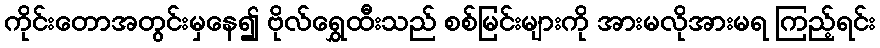
ကိုင်းတောအတွင်းမှနေ၍ ဗိုလ်ရွှေထီးသည် စစ်မြင်းများကို အားမလိုအားမရ ကြည့်ရင်း